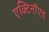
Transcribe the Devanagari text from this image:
एक्टिनॉएड